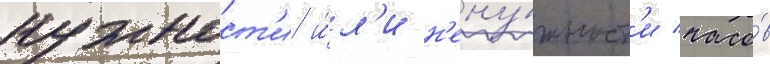
нужност'и и́л'и н'ену́жност'и часо́в